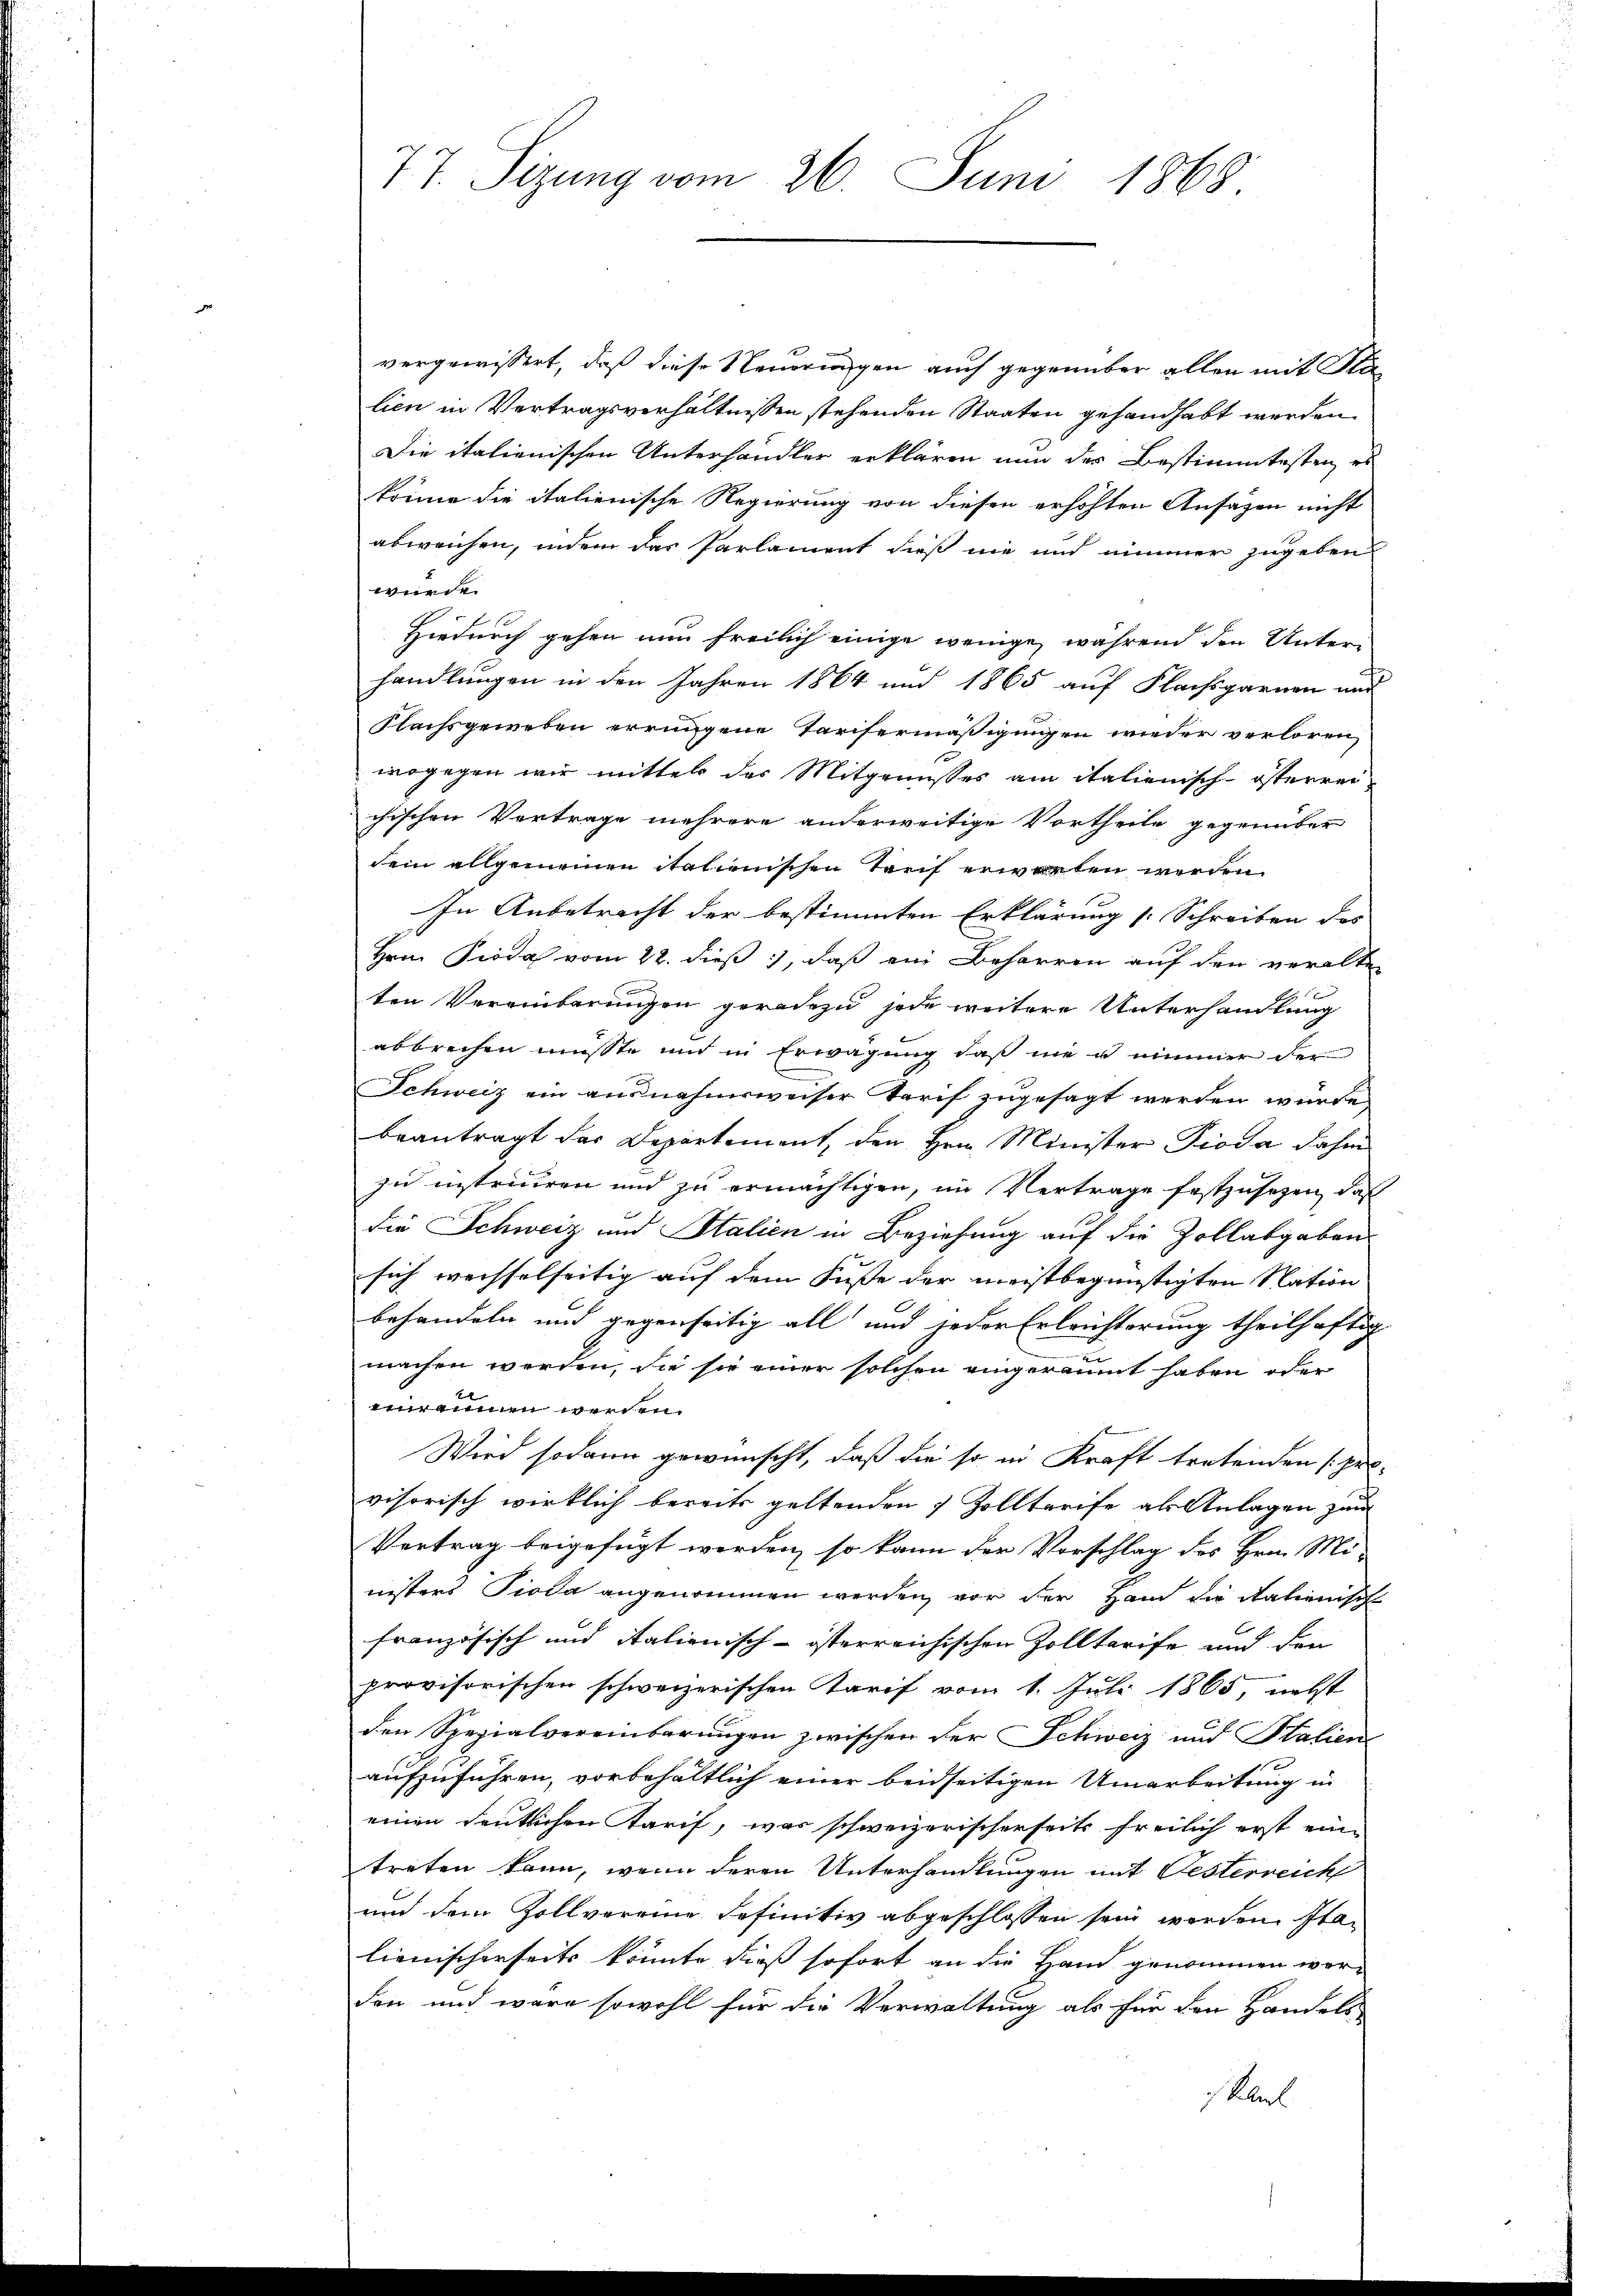
77. Sizung vom 26. Juni 1868

d
vergewissert, daß diese Neuerungen auch gegenüber allen mit Stalien in Vertragsverhältnissen stehenden Staaten gehandhabt werden
Die italienischen Unterhandler erklären nun der Bestimmtesten, es
könne die italienische Regierung von diesen erhöhten Ansagen nicht
abweichen, indem das Parlament dieß nie und nimmer zugeben
wurde.
Hiedurch gehen nun freilich einige wenige, während den Unter-
handlungen in den Jahren 1864 und 1865 auf Flachsgarnen und
Nachsgeweben errungene Tarisermäßigungen wieder verloren,
wogegen wir mittel des Mitgenusses am italienisch-österrei
chischen Vertrage mehrere anderweitige Vortheile gegenüber
dem allgemeinen italienischen Tarif erwarten werden.
In Anbetracht der bestimmten Erklärung [Schreiben des
Hrrn. Pioda vom 22. dieß, daß ein Beharren auf den veralten
ten Vereinbarungen geradezu jede weitere Unterhandlung
abbrechen müsste und in Erwägung daß nie u. nimmer der
Schweiz ein ausnahmsweiser Tarif zugesagt werden würde
beantragt das Departement, den Hrn. Minister Pioda dahin
zu instrieren und zu ermächtigen, im Vertrage festzusetzen, daß
die Schweiz und Stalien in Beziehung auf die Zollabgaben-
sich wechselseitig auf dem Fusse der meistbegünstigten Nation |
behandeln und gegenseitig all und jeder Erleichterung theilhaftig
machen werden, sie sie einer solchen eingeräumt haben oder
erannen werden.
Wird sodann gewünscht, daß die so in Kraft tretenden (pro-
visorisch wirklich bereits geltenden Zolltreife als Anlagen zum
Vertrag beigefügt werden, so kann der Vorschlag des Hrn. Mi-
nisters Pioda angenommen werden, vor der Hand die Rationische
französisch und italienisch-österreichischen Zolltarife und den
provisorischen schweizerischen Tarif vom 1. Juli 1865, nebst
den Spezialvereinbarungen zwischen der Schweiz und Stalien
aufzuführen, vorbehältlich einer beidseitigen Umarbeitung in
einen deutlichen Tarif, was schweizerischerseits freilich erst eine
treten kann, wenn deren Unterhandlungen mit Oesterreich
und dem Zollvereine definitiv abgeschlossen sein worden. Sta
lienischerseits könnte dies sofort an die Hand genommen wer-
den und wäre sowohl für die Verwaltung als für den Handels
skel